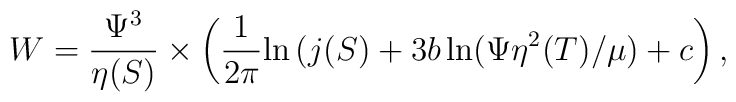
W = \frac{\Psi^3}{\eta(S)} \times\left(\frac{1}{2 \pi}{\ln {(j(S)}} + 3 b \ln (\Psi \eta^{2}(T)/\mu) + c\right),